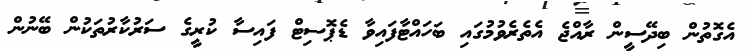
އެގޮތުން ބިދޭސީން ރާއްޖެ އެތެރެވުމުގައި ބަހައްޓާފައިވާ ޑެޕޮސިޓް ފައިސާ ކުރީގެ ސަރުކާރުތަކުން ބޭނުން